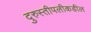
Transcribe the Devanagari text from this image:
दुरुस्तीपलीकडील